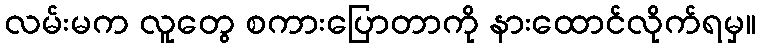
လမ်းမက လူတွေ စကားပြောတာကို နားထောင်လိုက်ရမှ။